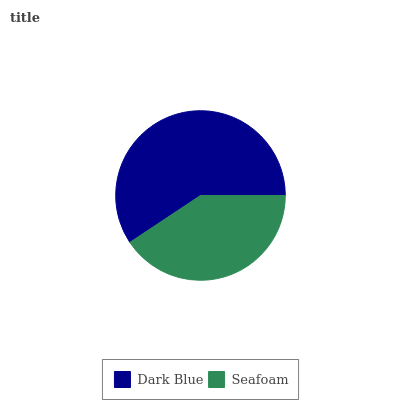
| Dark Blue | Seafoam |
 | --- | --- |
 | 59.3% | 40.7% |